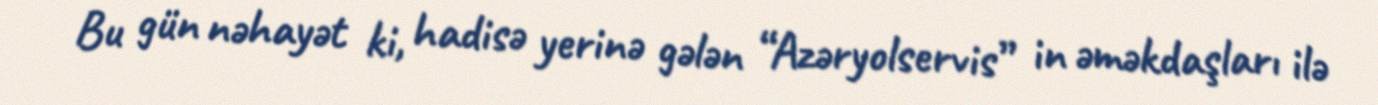
Bu gün nəhayət ki, hadisə yerinə gələn “Azəryolservis” in əməkdaşları ilə